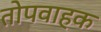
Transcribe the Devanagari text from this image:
तोपवाहक